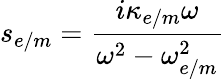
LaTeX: s_{e/m}=\frac{i\kappa_{e/m}\omega}{\omega^{2}-\omega_{e/m}^{2}}